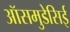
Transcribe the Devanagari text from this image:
ऑसमुडेसिई